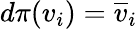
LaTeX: d\pi(v_{i})={\overline{{v}}}_{i}